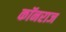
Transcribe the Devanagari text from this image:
कॉनराज